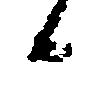
候